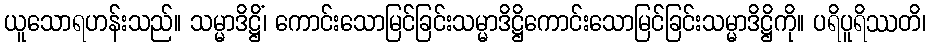
ယူသောရဟန်းသည်။ သမ္မာဒိဋ္ဌိံ၊ ကောင်းသောမြင်ခြင်းသမ္မာဒိဋ္ဌိကောင်းသောမြင်ခြင်းသမ္မာဒိဋ္ဌိကို။ ပရိပူရိဿတိ၊